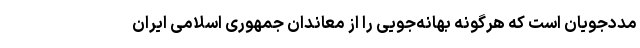
مددجویان است که هرگونه بهانه‌جویی را از معاندان جمهوری اسلامی ایران